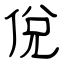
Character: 侻